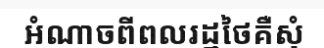
អំណាចពីពលរដ្ឋថៃគឺសុំ